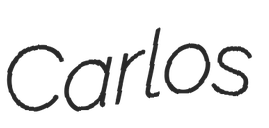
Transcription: Carlos